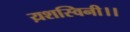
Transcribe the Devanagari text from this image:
य़शस्विनी।।